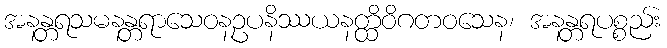
အနန္တရသမနန္တရာသေဝနဥပနိဿယနတ္ထိဝိဂတဝသေန၊ အနန္တရပစ္စည်း